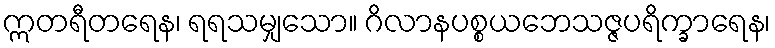
ဣတရီတရေန၊ ရရသမျှသော။ ဂိလာနပစ္စယဘေသဇ္ဇပရိက္ခာရေန၊